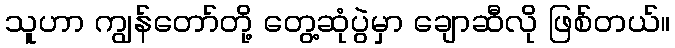
သူဟာ ကျွန်တော်တို့ တွေ့ဆုံပွဲမှာ ချောဆီလို ဖြစ်တယ်။